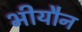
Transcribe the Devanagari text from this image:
भीयौन